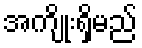
အကျိုးရှိမည်